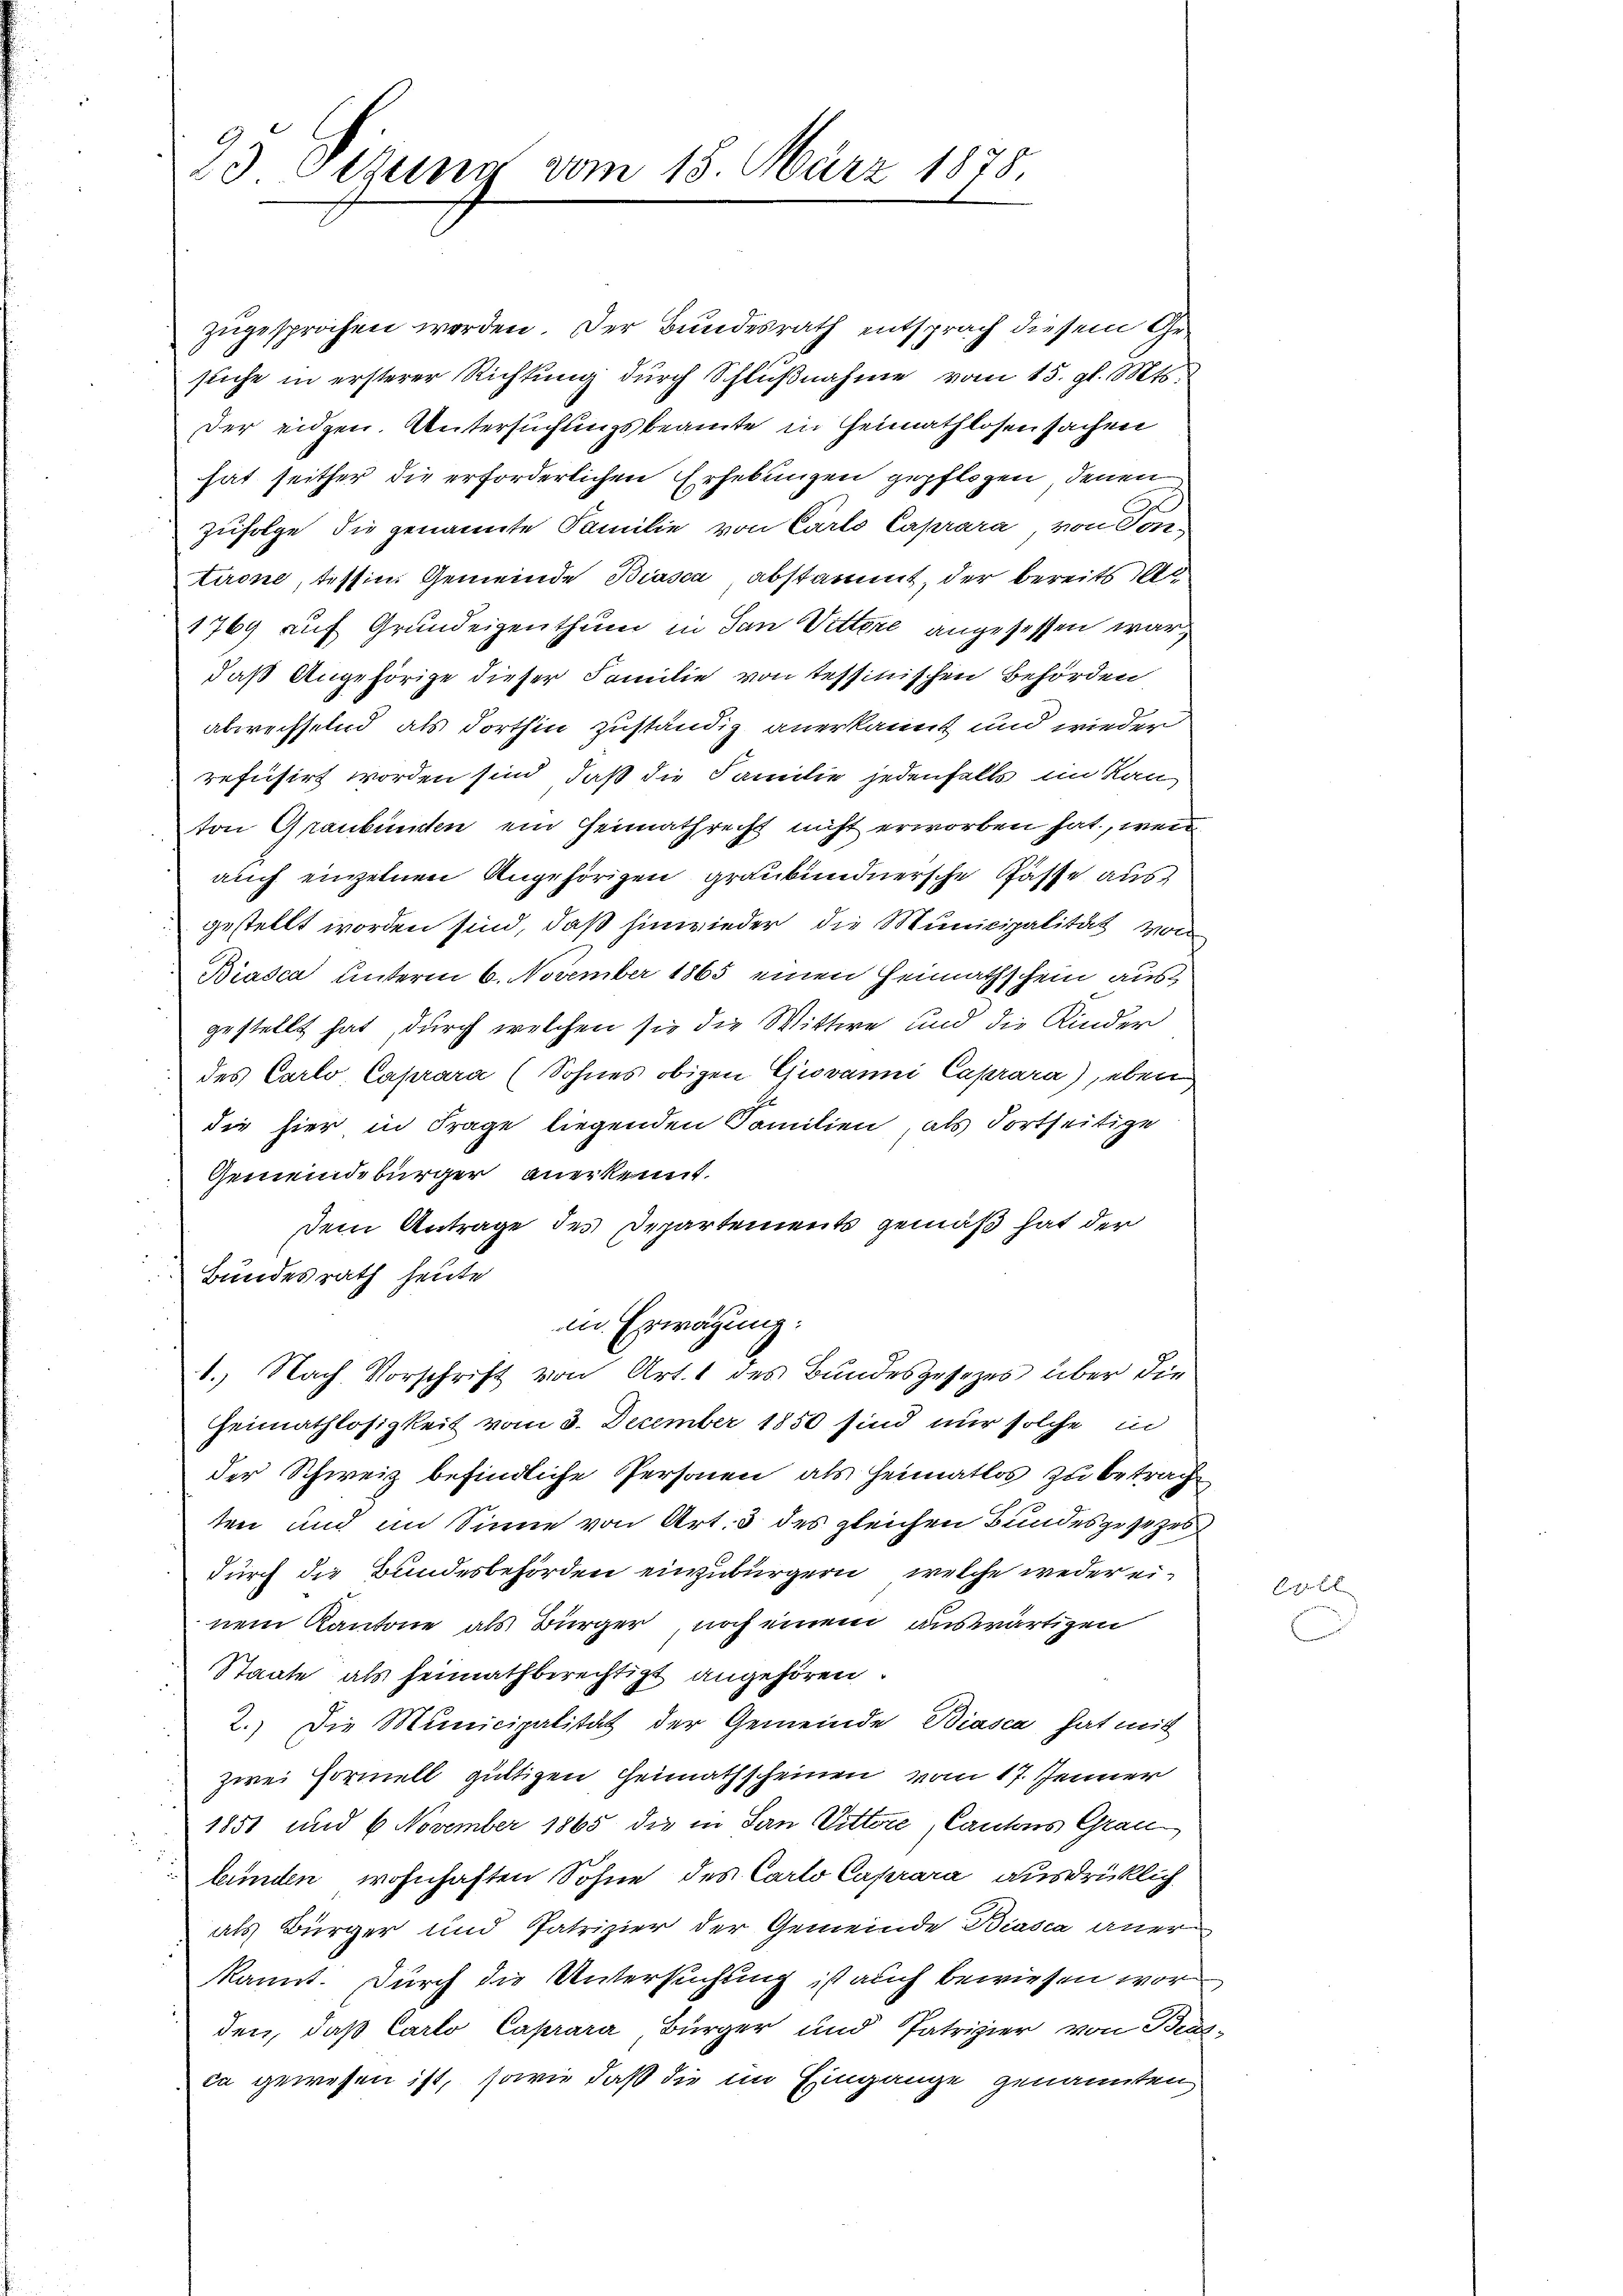
23 Sitzung vom

48. März 1875.

zugesprochen werden. Der Bundesrath entsprach diesem Gesuche in ersterer Richtung durch Schlußnahme vom 15. gl. Mts.
Der eidgen. Untersuchungsbeamte in Heimathlosensachen
hat seither die erforderlichen Erhebungen gepflogen, denen
zufolge die genannte Familie von Carls Caprara, von Sontione, Tessin. Gemeinde Biasca abstammt, der bereits o
1769 auf Grundeigenthum in San Vittere angesessen war,
daß Angehörige dieser Familie von tessinischen Behörden
abwechselnd als dorthin zuständig anerkannt und wieder
refusirt worden sind, daß die Familie jedenfalls im Kan
ton Graubünden ein Heimathrecht nicht erworben hat, wenn
auch einzelnen Angehörigen graubündnersche Gasse aus
gestellt worden sind, daß hinwieder die Municipalität von
Biasca unterm 6. November 1865 einen Heimathschein ausgestellt hat, durch welchen sie die Wittwe und die Kinder
des Carlo Caprara (Sohnes obigen Giovanni Caprara) eben
die hier in Frage liegenden Familien, als dortseitige
Gemeindebürger anerkennt.
dem Antrage des Departements gemäß hat der
Bundesrath heute
in Erwägung:
1.) Nach Vorschrift von Art. 1 des Bundesgesetzes über die
Heimathlosigkeit vom 3. December 1850 sind nur solche in
der Schweiz befindliche Personen als Heimatlos zu betracht
ten und im Sinne von Art. 3 des gleichen Bundesgesezes
durch die Bundesbehörden einzubürgern, welche weder einem Kantone als Bürger noch einem auswärtigen
Staate als heimathberechtigt angehören.
2.) Die Municipalität der Gemeinde Biasca hat mit
zwei Formell gültigen Heimathscheinen vom 17. Jenner
1851 und 6 November 1865 die in San Vittere Cantons Graubunden wohnhaften Sohne des Carto Caprara ausdrücklich
als Bürger und Patrizier der Gemeinde Biasca anerkannt. Durch die Untersuchung ist auch bewiesen wor
den, daß Carlo Caprara Bürger und Patrizier von Brus-
ca gewesen ist, sowie daß die im Eingange genannten

621.